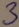
Text: 3